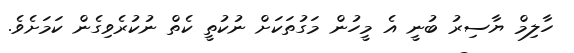
ހާލިމް ޔާސިރު ބުނީ އެ މީހުން މަގުތަކަށް ނުކުތީ ކެތް ނުކުރެވިގެން ކަމަށެވެ.